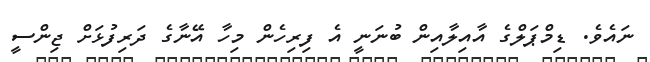
ނައެވެ. ޑިމްޕަލްގެ އާއިލާއިން ބުނަނީ އެ ފިރިހެން މިހާ އޭނާގެ ދަރިފުޅަށް ޖިންސީ